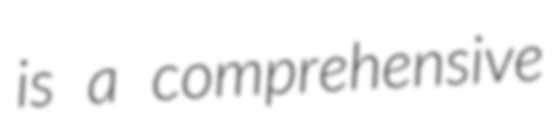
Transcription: is a comprehensive